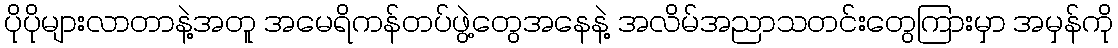
ပိုပိုများလာတာနဲ့အတူ အမေရိကန်တပ်ဖွဲ့တွေအနေနဲ့ အလိမ်အညာသတင်းတွေကြားမှာ အမှန်ကို